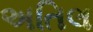
અતિલ